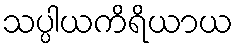
သပ္ပါယကိရိယာယ